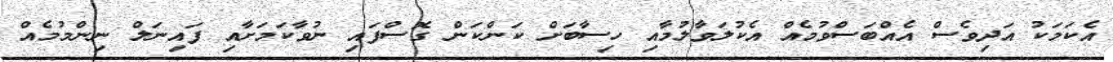
އެކަމަކު އަދިވެސް އެއްބަސްވުމެއް އެކުލަވާލުމާއި ހިސާބަށް ކަންކަން ގޮސްފައި ނުވާކަމަށާއި ފައިނަލް ނިންމުމެއް